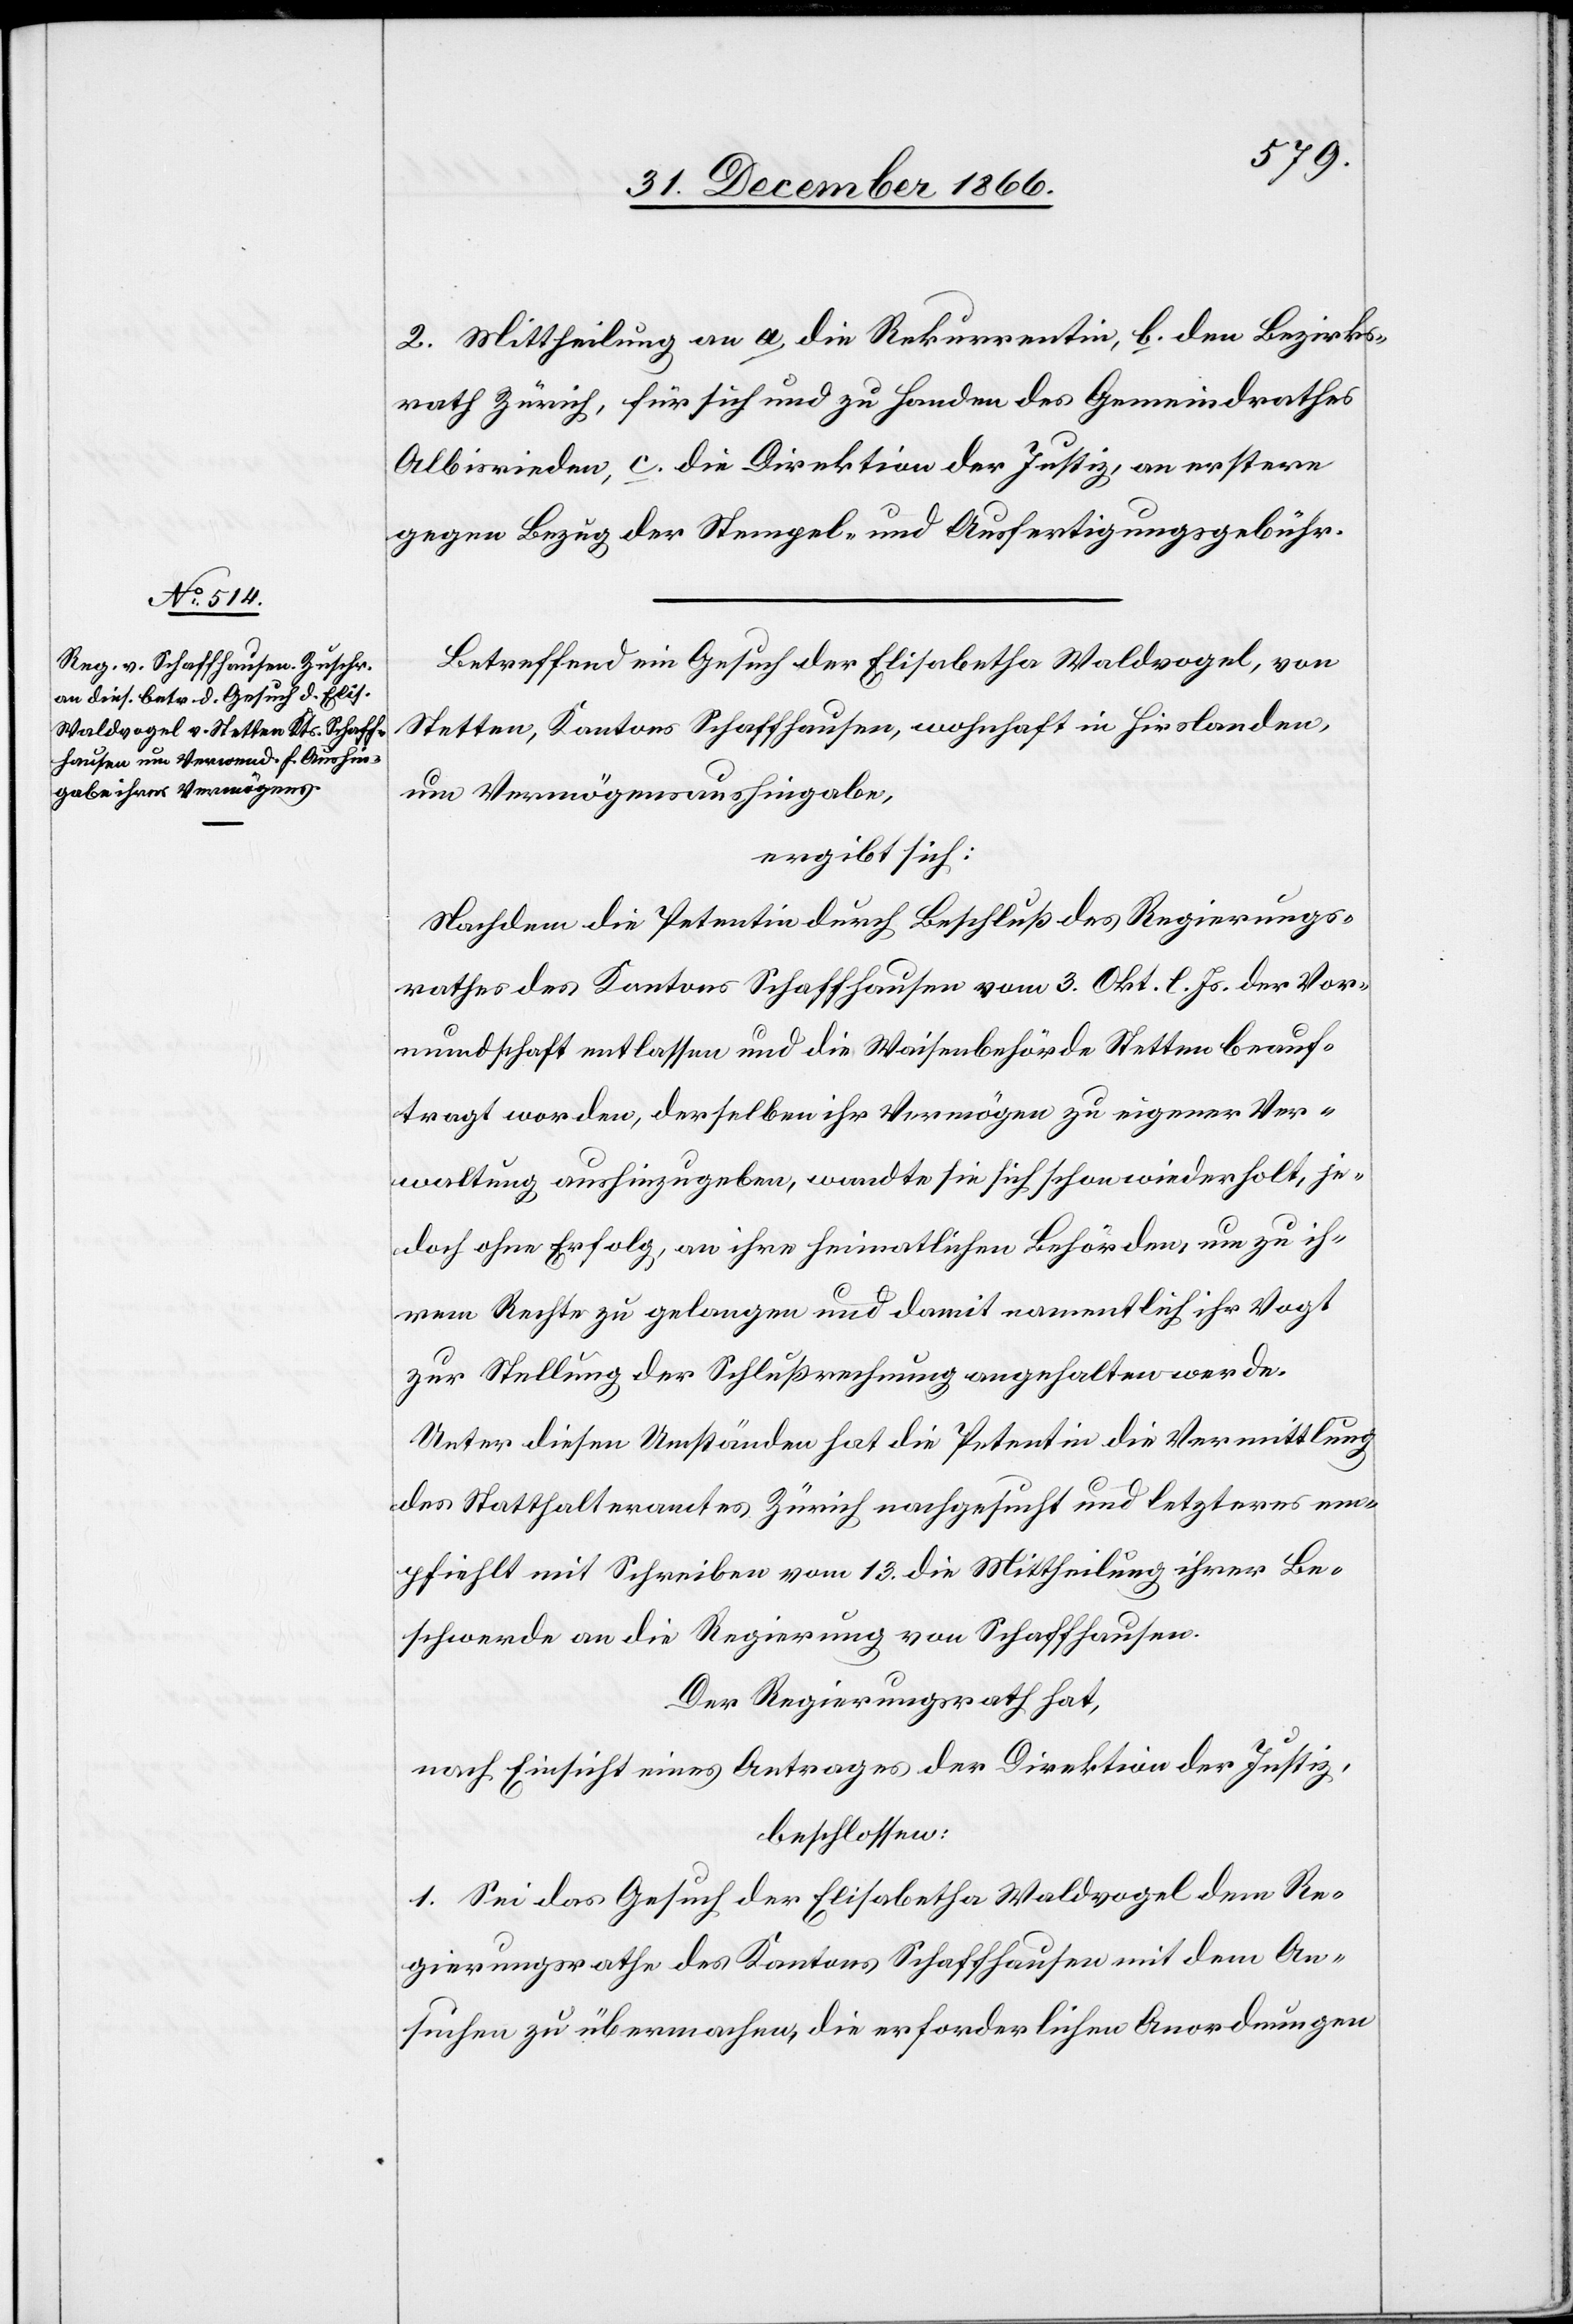
2. Mittheilung an a die Rekurrentin, b. den Bezirks¬
rath Zürich, für sich und zu Handen des Gemeindrathes
Albisrieden, c. die Direktion der Justiz, an erstere
gegen Bezug der Stempel- und Ausfertigungsgebühr.
Betreffend ein Gesuch der Elisabetha Waldvogel, von
Stetten, Kantons Schaffhausen, wohnhaft in Hirslanden,
um Vermögensaushingabe,
ergibt sich:
Nachdem die Petentin durch Beschluß des Regierungs¬
rathes des Kantons Schaffhausen vom 3. Okt. l. Js. der Vor¬
mundschaft entlassen und die Waisenbehörde Stetten beauf¬
tragt worden, derselben ihr Vermögen zu eigener Ver¬
waltung aushinzugeben, wandte sie sich schon wiederholt, je¬
doch ohne Erfolg, an ihre heimatlichen Behörden, um zu ih¬
rem Rechte zu gelangen und damit namentlich ihr Vogt
zur Stellung der Schlußrechnung angehalten werde.
Unter diesen Umständen hat die Petentin die Vermittlung
des Statthalteramtes Zürich nachgesucht und letzteres em¬
pfiehlt mit Schreiben vom 13. die Mittheilung ihrer Be¬
schwerde an die Regierung von Schaffhausen.
Der Regierungsrath hat,
nach Einsicht eines Antrages der Direktion der Justiz,
beschlossen:
1. Sei das Gesuch der Elisabetha Waldvogel dem Re¬
gierungsrathe des Kantons Schaffhausen mit dem An¬
suchen zu übermachen, die erforderlichen Anordnungen